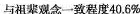
与祖辈观念一致程度40.6%